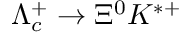
\Lambda _ { c } ^ { + } \to \Xi ^ { 0 } K ^ { * + }